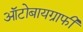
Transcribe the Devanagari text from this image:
ऑटोबायग्राफी